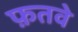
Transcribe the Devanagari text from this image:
फ़तवे